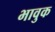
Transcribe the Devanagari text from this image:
भावुक